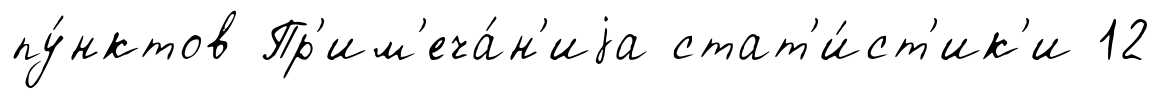
пу́нктов Пр'им'еча́н'иjа стат'и́ст'ик'и 12